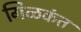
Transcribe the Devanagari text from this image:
गिळकंत